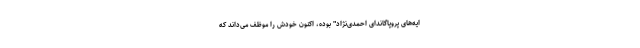
ایه‌های پروپاگاندای احمدی‌نژاد" بوده، اکنون خودش را موظف می‌داند که